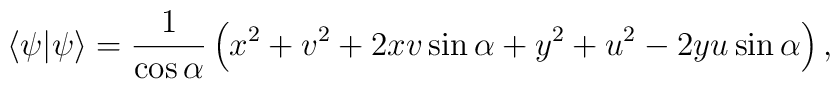
\langle\psi|\psi\rangle={1\over\cos\alpha}\left(x^2+v^2+2xv\sin\alpha+y^2+u^2-2yu\sin\alpha\right),